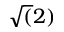
\sqrt ( 2 )